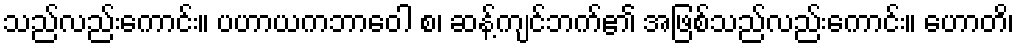
သည်လည်းကောင်း။ ပဟာယကဘာဝေါ စ၊ ဆန့်ကျင်ဘက်၏ အဖြစ်သည်လည်းကောင်း။ ဟောတိ၊